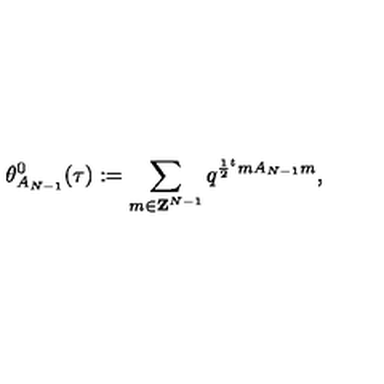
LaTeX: \theta _ { A _ { N - 1 } } ^ { 0 } ( \tau ) : = \sum _ { m \in { \bf Z } ^ { N - 1 } } q ^ { \frac { 1 } { 2 } { } ^ { t } m A _ { N - 1 } m } ,